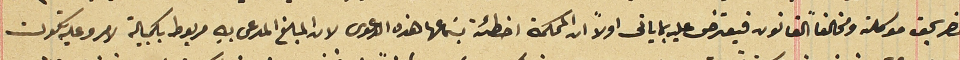
مضر بحق موكلته ومخالفاً القانون فيعترض عليه بما ياتى اولاً ان المحكمة اخطئة بسَماعها هذه الدعوى لان المبلغ المدعى بهِ مربوط بكمبيالة لامر وعليه تكون